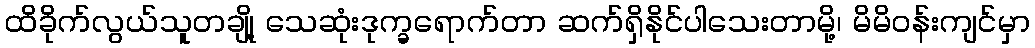
ထိခိုက်လွယ်သူတချို့ သေဆုံးဒုက္ခရောက်တာ ဆက်ရှိနိုင်ပါသေးတာမို့၊ မိမိဝန်းကျင်မှာ